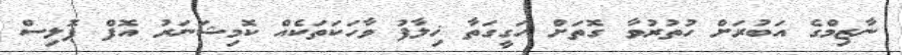
ނާޒިމްގެ އަބުރަށް ހުތުރުވާ ގޮތަށް ހަގީގަތާ ޚިލާފު ވާހަކަތަކެއް ކޮމިޝަނަރު އޮފް ޕޮލިސް